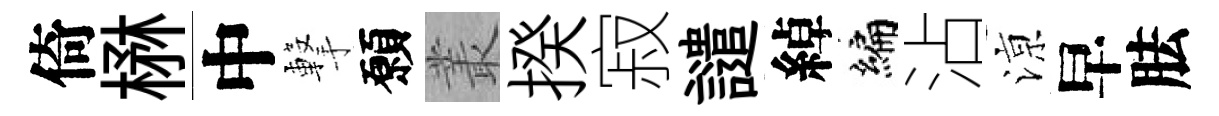
倚楙中撃願叢揆寂譴綽编沾鿌早胠